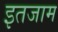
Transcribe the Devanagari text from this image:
इतजाम